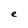
Character: e